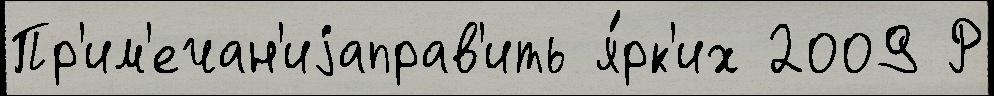
Пр'им'ечан'иjаправ'ить я́рк'их 2009 Р